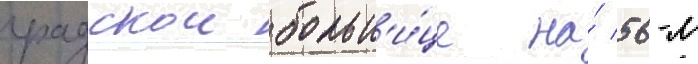
градскои больн'и́це на́ 56-м